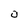
Character: O